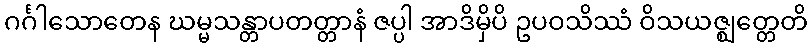
ဂင်္ဂါသောတေန ဃမ္မသန္တာပတတ္တာနံ ဇပ္ပါ အာဒိမှိပိ ဥပဝသိဿံ ဝိသယဇ္ဈတ္တေတိ